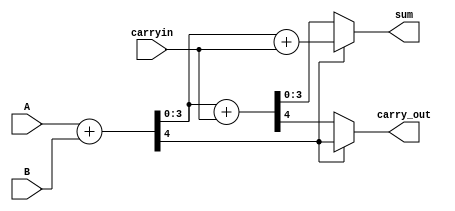
`timescale 1ns / 1ps

module inferred_adder(input carryin, input [3:0]A, input [3:0]B, output reg carry_out, output reg [3:0] sum );
integer c_o,c_i;  //carry out and in
integer i;//increment

always@(carryin,A,B)
begin
    c_o=0;
    c_i=carryin;
    
    {c_o,sum}=A+B;
    if(c_o) sum=sum+c_i;  //if A[i]+B[i] is 10 --> 11
    else{c_o,sum}=sum+c_i;
    carry_out=c_o;

//for(i=0;i<4;i=i+1)
//        begin
//        {c_o,sum[i]}=A[i]+B[i];#0;
//        if(c_o) sum[i]=sum[i]+c_i;  //if A[i]+B[i] is 10 --> 11
//        else{c_o,sum[i]}=sum[i]+c_i;
//        c_i=c_o;
//        end//endfor
//carry_out=c_o;

end//end always;
endmodule

//